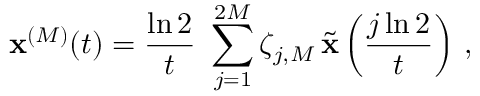
\mathbf { x } ^ { ( M ) } ( t ) = \frac { \ln 2 } { t } \, \, \sum _ { j = 1 } ^ { 2 M } \zeta _ { j , M } \, \tilde { \mathbf { x } } \left( \frac { j \ln 2 } { t } \right) \, ,